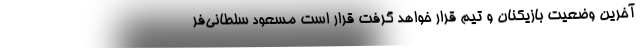
آخرین وضعیت بازیکنان و تیم قرار خواهد گرفت قرار است مسعود سلطانی‌فر